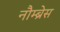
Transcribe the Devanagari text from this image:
नौम्ब्रेस